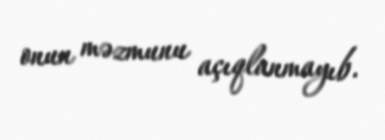
onun məzmunu açıqlanmayıb.